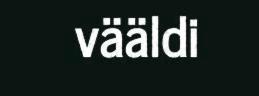
vääldi